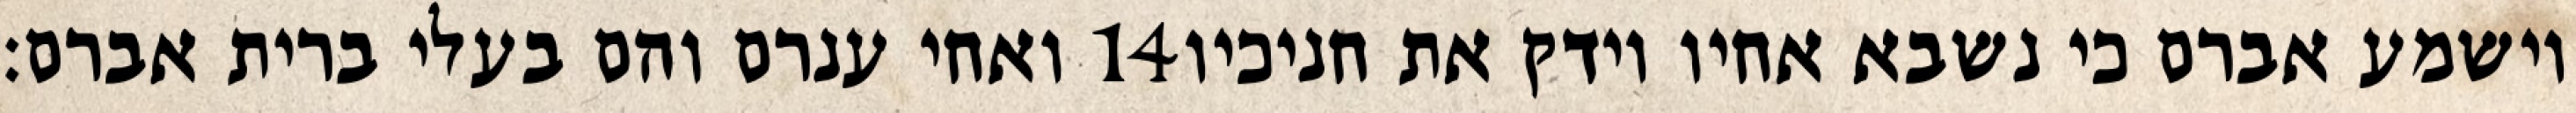
ואחי ענרם והם בעלי ברית אברם׃ ‎14‏ וישמע אברם כי נשבא אחיו וידק את חניכיו